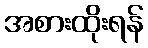
အစားထိုးရန်